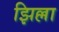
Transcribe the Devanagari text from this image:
झिल्ला